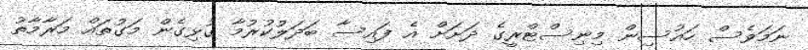
ނަމަވެސް ހައުސިން މިނިސްޓްރީގެ ދަށަށް އެ ފައިސާ ބަދަލުކުރުމާ ގުޅިގެން މަގުތައް މަރާމާތު